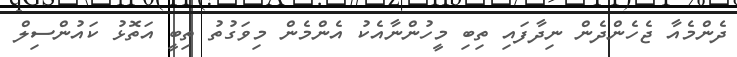
ދެންމެއާ ޖެހެންދެން ނިދާފައި ތިބި މީހުންނާއެކު އެންމެން މިވަގުތު ތިބީ އަތޮޅު ކައުންސިލް